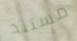
مستند